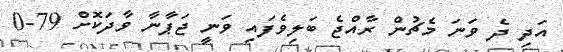
އަދި ދެ ވަނަ މެޗުން ރާއްޖެ ބަލިވެފައި ވަނީ ޖަޕާނާ ވާދަކޮށް 79-0